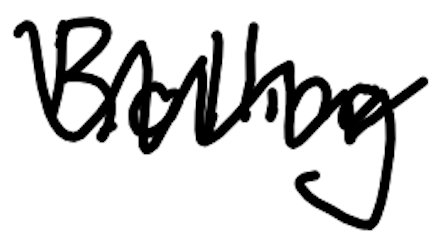
Text: Rolling
Cross-out: mix
Writing tool: digital_black